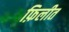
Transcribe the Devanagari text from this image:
फ़िलीत